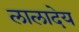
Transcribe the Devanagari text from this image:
लालादेय